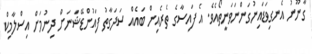
ގާނޫނު އެނގިވަޑައިނުގަންނަވަނީތޯއެވެ. އެ ފައިސާގެ ތެރެއިން ބައެއް ސަދަގާތު ފައުންޑޭޝަނަށް ދިނުމަށް އިސްލާމިކް